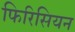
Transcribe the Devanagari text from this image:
फिरिसियन